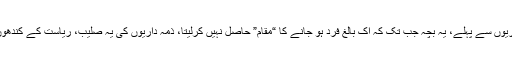
مگر ان ذمہ داریوں سے پہلے، یہ بچہ جب تک کہ اک بالغ فرد ہو جانے کا “مقام” حاصل نہیں کرلیتا، ذمہ داریوں کی یہ صلیب، ریاست کے کندھوں پر ہوتی ہے۔